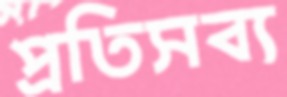
প্রতিসব্য